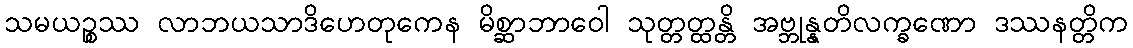
သမယဉ္စဿ လာဘယသာဒိဟေတုကေန မိစ္ဆာဘာဝေါ သုတ္တတ္ထန္တိ အဗ္ဘုန္နတိလက္ခဏော ဒဿနတ္တိက